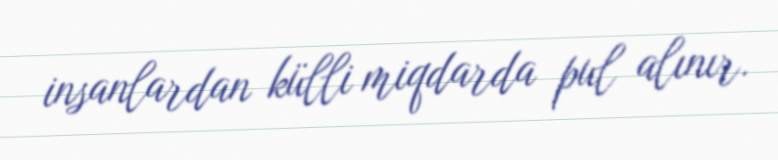
insanlardan külli miqdarda pul alınır.